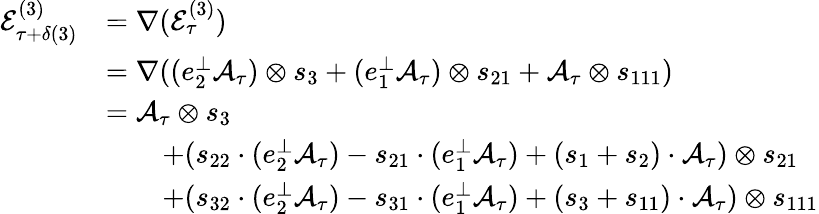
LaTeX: \begin{array}{rl}{\mathcal{E}_{\tau+\delta(3)}^{(3)}}&{=\nabla(\mathcal{E}_{\tau}^{(3)})}\\ &{=\nabla((e_{2}^{\perp}\mathcal{A}_{\tau})\otimes s_{3}+(e_{1}^{\perp}\mathcal{A}_{\tau})\otimes s_{21}+\mathcal{A}_{\tau}\otimes s_{111})}\\ &{=\mathcal{A}_{\tau}\otimes s_{3}}\\ &{\qquad+(s_{22}\cdot(e_{2}^{\perp}\mathcal{A}_{\tau})-s_{21}\cdot(e_{1}^{\perp}\mathcal{A}_{\tau})+(s_{1}+s_{2})\cdot\mathcal{A}_{\tau})\otimes s_{21}}\\ &{\qquad+(s_{32}\cdot(e_{2}^{\perp}\mathcal{A}_{\tau})-s_{31}\cdot(e_{1}^{\perp}\mathcal{A}_{\tau})+(s_{3}+s_{11})\cdot\mathcal{A}_{\tau})\otimes s_{111}}\end{array}